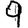
Digit: 9